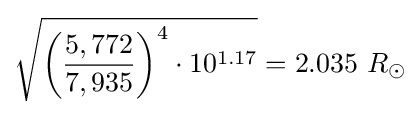
{\sqrt {{\biggl (}{\frac {5,772}{7,935}}{\biggr )}^{4}\cdot 10^{1.17}}}=2.035\ R_{\odot }